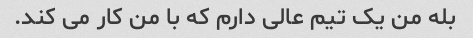
بله من یک تیم عالی دارم که با من کار می کند.